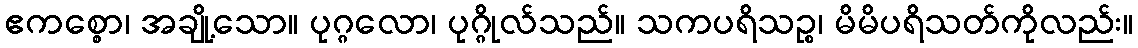
ဧကစ္စော၊ အချို့သော။ ပုဂ္ဂလော၊ ပုဂ္ဂိုလ်သည်။ သကပရိသဉ္စ၊ မိမိပရိသတ်ကိုလည်း။